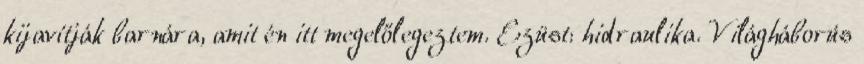
kijavítják barnára, amit én itt megelőlegeztem. Ezüst: hidraulika. Világháborús